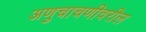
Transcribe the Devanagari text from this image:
अणुचाचणीवरील